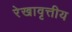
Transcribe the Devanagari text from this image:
रेखावृत्तीय